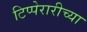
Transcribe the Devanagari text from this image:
टिप्पेरारीच्या